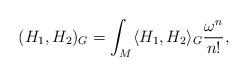
LaTeX: \begin{align*} (H_1,H_2)_G=\int_M\langle H_1, H_2\rangle_G\frac{\omega^{n}}{n!}, \end{align*}